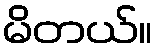
မိတယ်။